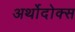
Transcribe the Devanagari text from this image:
अर्थोदोक्स